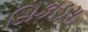
સિકાડસ